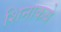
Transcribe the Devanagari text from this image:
शिनाकबे